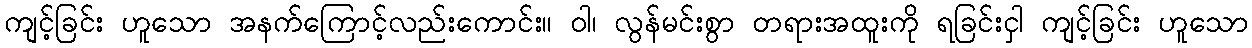
ကျင့်ခြင်း ဟူသော အနက်ကြောင့်လည်းကောင်း။ ဝါ၊ လွန်မင်းစွာ တရားအထူးကို ရခြင်းငှါ ကျင့်ခြင်း ဟူသော